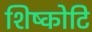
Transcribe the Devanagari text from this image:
शिष्कोटि